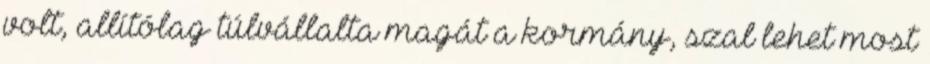
volt, allítólag túlvállalta magát a kormány, szal lehet most